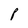
Character: P